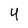
Character: 4